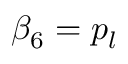
\beta _ { 6 } = p _ { l }